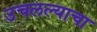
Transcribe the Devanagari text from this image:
उचलल्याचा